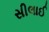
સીલાઈ